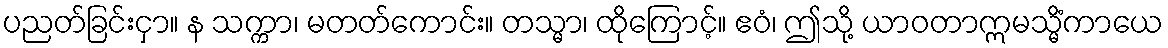
ပညတ်ခြင်းငှာ။ န သက္ကာ၊ မတတ်ကောင်း။ တသ္မာ၊ ထိုကြောင့်။ ဧဝံ၊ ဤသို့ ယာဝတာဣမသ္မိံကာယေ